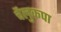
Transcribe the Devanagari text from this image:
चैलुकपा